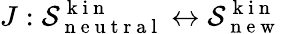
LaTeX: J:\mathcal{S}_{\mathrm{~n~e~u~t~r~a~l~}}^{\mathrm{~k~i~n~}}\leftrightarrow\mathcal{S}_{\mathrm{~n~e~w~}}^{\mathrm{~k~i~n~}}